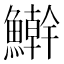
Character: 𩼛